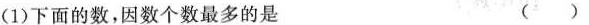
(1)下面的数，因数个数最多的是 ()